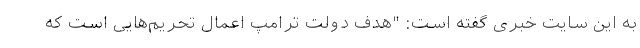
به این سایت خبری گفته است: "هدف دولت ترامپ اعمال تحریم‌هایی است که